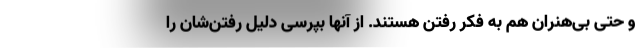
و حتی بی‌هنران هم به فکر رفتن هستند. از آنها بپرسی دلیل رفتن‌شان را